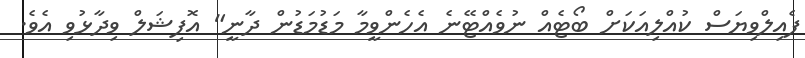
ފެއިލްވިޔަސް ކުއްލިއަކަށް ބޯޓެއް ނުވެއްޓޭނެ އެހެންވީމާ މަޑުމަޑުން ދާނީ" އޮފިޝަލް ވިދާޅުވި އެވެ.